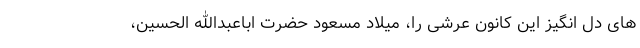
های دل انگیز این کانون عرشی را، میلاد مسعود حضرت اباعبدالله الحسین،